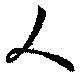
人